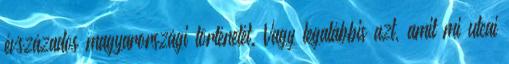
évszázados magyarországi történetét. Vagy legalábbis azt, amit mi utcai